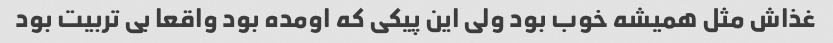
غذاش مثل همیشه خوب بود ولی این پیکی که اومده بود واقعا بی تربیت بود